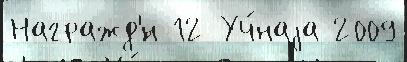
Награжд'́н 12 Уч́наjа 2009